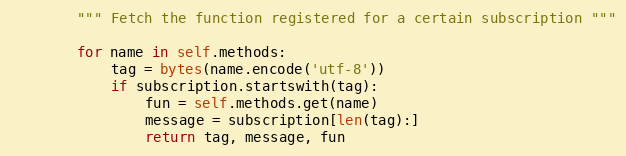
Language: Python
        """ Fetch the function registered for a certain subscription """

        for name in self.methods:
            tag = bytes(name.encode('utf-8'))
            if subscription.startswith(tag):
                fun = self.methods.get(name)
                message = subscription[len(tag):]
                return tag, message, fun